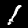
Label: 1